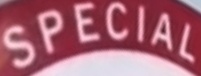
SPECIAL